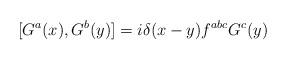
LaTeX: \begin{align*}[G^a(x), G^b(y)] = i \delta(x - y) f^{abc} G^c(y)\end{align*}